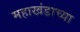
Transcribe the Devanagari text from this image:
महाखंडाच्या